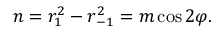
n = r _ { 1 } ^ { 2 } - r _ { { - } 1 } ^ { 2 } = m \cos 2 \varphi .